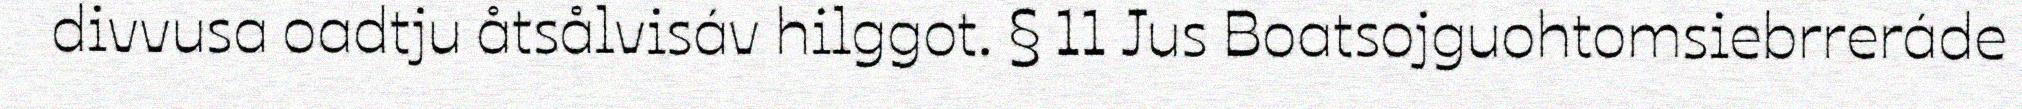
divvusa oadtju åtsålvisáv hilggot. § 11 Jus Boatsojguohtomsiebrreráde